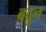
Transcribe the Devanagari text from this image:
बद्रुन